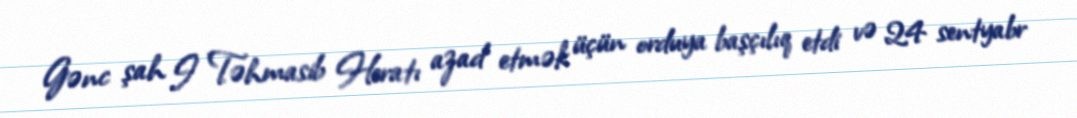
Gənc şah I Təhmasib Heratı azad etmək üçün orduya başçılıq etdi və 24 sentyabr